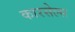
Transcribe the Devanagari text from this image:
कारसेल्स